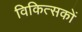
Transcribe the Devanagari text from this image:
विकित्सकों